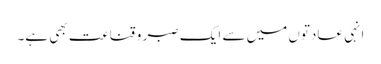
انہی عادتوں میں سے ایک صبر و قناعت بھی ہے۔